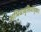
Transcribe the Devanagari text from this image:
अभिधावृत्तिमातृका।